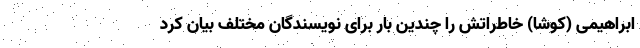
ابراهیمی (کوشا) خاطراتش را چندین بار برای نویسندگان مختلف بیان کرد